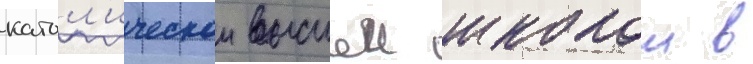
катол'ическои высшеи школои в